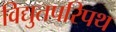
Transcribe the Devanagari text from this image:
विद्युतपरिपथ